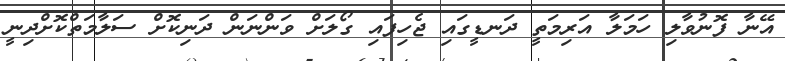
އޭނާ ފޮނުވާލި ހަމަލާ އަރިމަތީ ދަނޑީގައި ޖެހިފައި ގޯލަށް ވަންނަން ދަނިކޮށް ސަލާމަތްކޮށްދިނީ